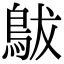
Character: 䳁